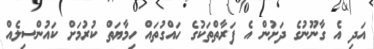
އަދި އެ ގާނޫނުގެ ދަށުން އެ ފަރާތްތަކުގެ ހައްގުތައް ހިމާޔަތް ކުރުމަށް ކައުންސިލެއް